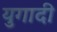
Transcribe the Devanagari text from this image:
युगादी